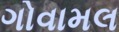
ગોવામલ